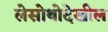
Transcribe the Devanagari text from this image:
लेसोथोदेखील